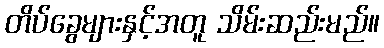
တိပ်ခွေများနှင့်အတူ သိမ်းဆည်းမည်။